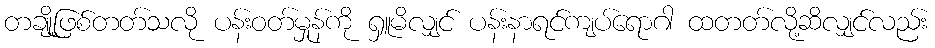
တချို့ဖြစ်တတ်သလို ပန်းဝတ်မှုန်ကို ရှူမိလျှင် ပန်းနာရင်ကျပ်ရောဂါ ထတတ်လို့ဆိလျှင်လည်း